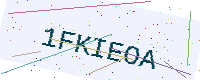
Text: 1FKIEOA